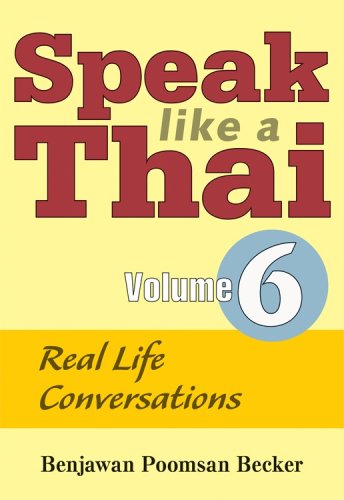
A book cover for Speak Like a Thai, Vol. 6: Real Life Conversations; Benjawan Poomsan Becker; Travel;